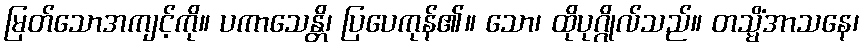
မြတ်သောအကျင့်ကို။ ပကာသေန္တိ၊ ပြပေကုန်၏။ သော၊ ထိုပုဂ္ဂိုလ်သည်။ တသ္မိံအာသနေ၊